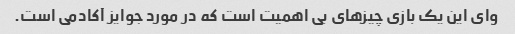
وای این یک بازی چیزهای بی اهمیت است که در مورد جوایز آکادمی است.